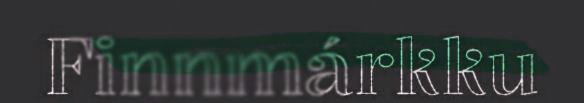
Finnmárkku